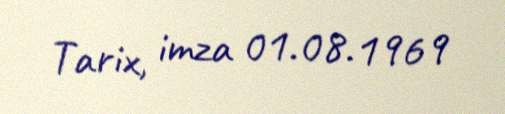
Tarix, imza 01.08.1969